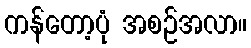
ကန်တော့ပုံ အစဉ်အလာ။